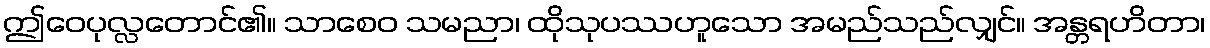
ဤဝေပုလ္လတောင်၏။ သာစေဝ သမညာ၊ ထိုသုပဿဟူသော အမည်သည်လျှင်။ အန္တရဟိတာ၊